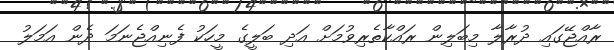
ރާއްޖޭގައި ދުރާލާ މިބަލިން ރައްކާތެރިވުމަށް އަދި ބަލީގެ މީހަކު ފެނިއްޖެނަމަ ދެން އަމަލު